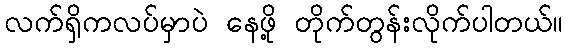
လက်ရှိကလပ်မှာပဲ နေဖို့ တိုက်တွန်းလိုက်ပါတယ်။